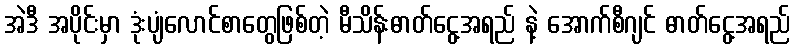
အဲဒီ အပိုင်းမှာ ဒုံးပျံလောင်စာတွေဖြစ်တဲ့ မီသိန်းဓာတ်ငွေ့အရည် နဲ့ အောက်စီဂျင် ဓာတ်ငွေ့အရည်